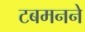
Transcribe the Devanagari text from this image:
टबमनने